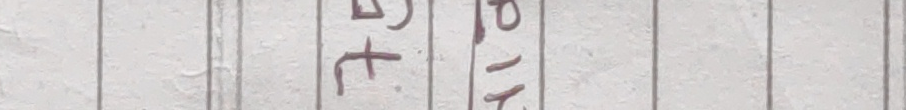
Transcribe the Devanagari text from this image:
३९।१